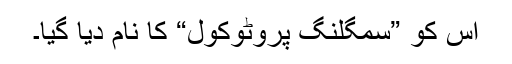
اس کو ”سمگلنگ پروٹوکول“ کا نام دیا گیا۔